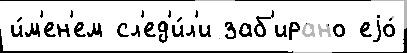
и́м'ен'ем сл'ед'и́л'и заб'ирано еjо́